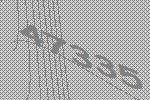
47335